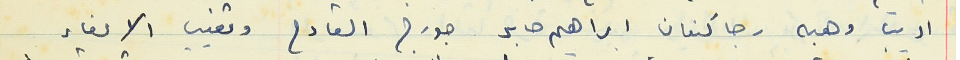
اديب وهبه رجا كنعان ابراهيم صابر جورج القارح وتغيب الاعضاء